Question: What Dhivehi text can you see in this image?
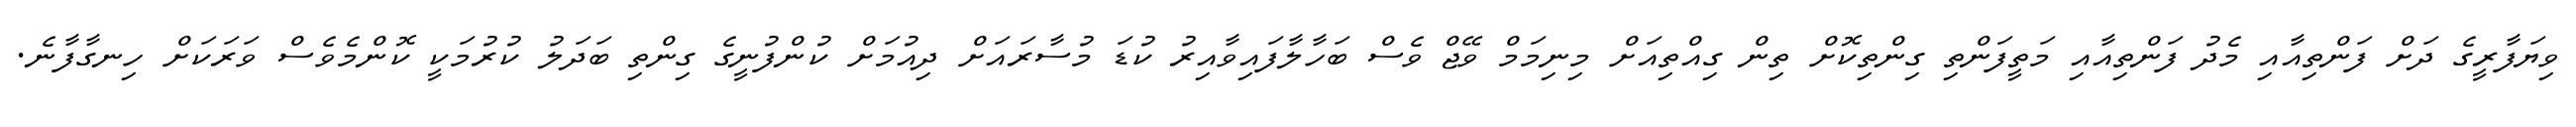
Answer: ވިޔަފާރީގެ ދަށް ފަންތިއާއި މެދު ފަންތިއާއި މަތީފަންތި ގިންތިކޮށް ތިން ގިއްތިއަށް މިނިމަމް ވޭޖް ވެސް ބަހާލާފައިވާއިރު ކުޑަ މުސާރައަށް ދިއުމަށް ކުންފުނީގެ ގިންތި ބަދަލު ކުރުމަކީ ކޮންމެވެސް ވަރަކަށް ހިނގާފާނެ.